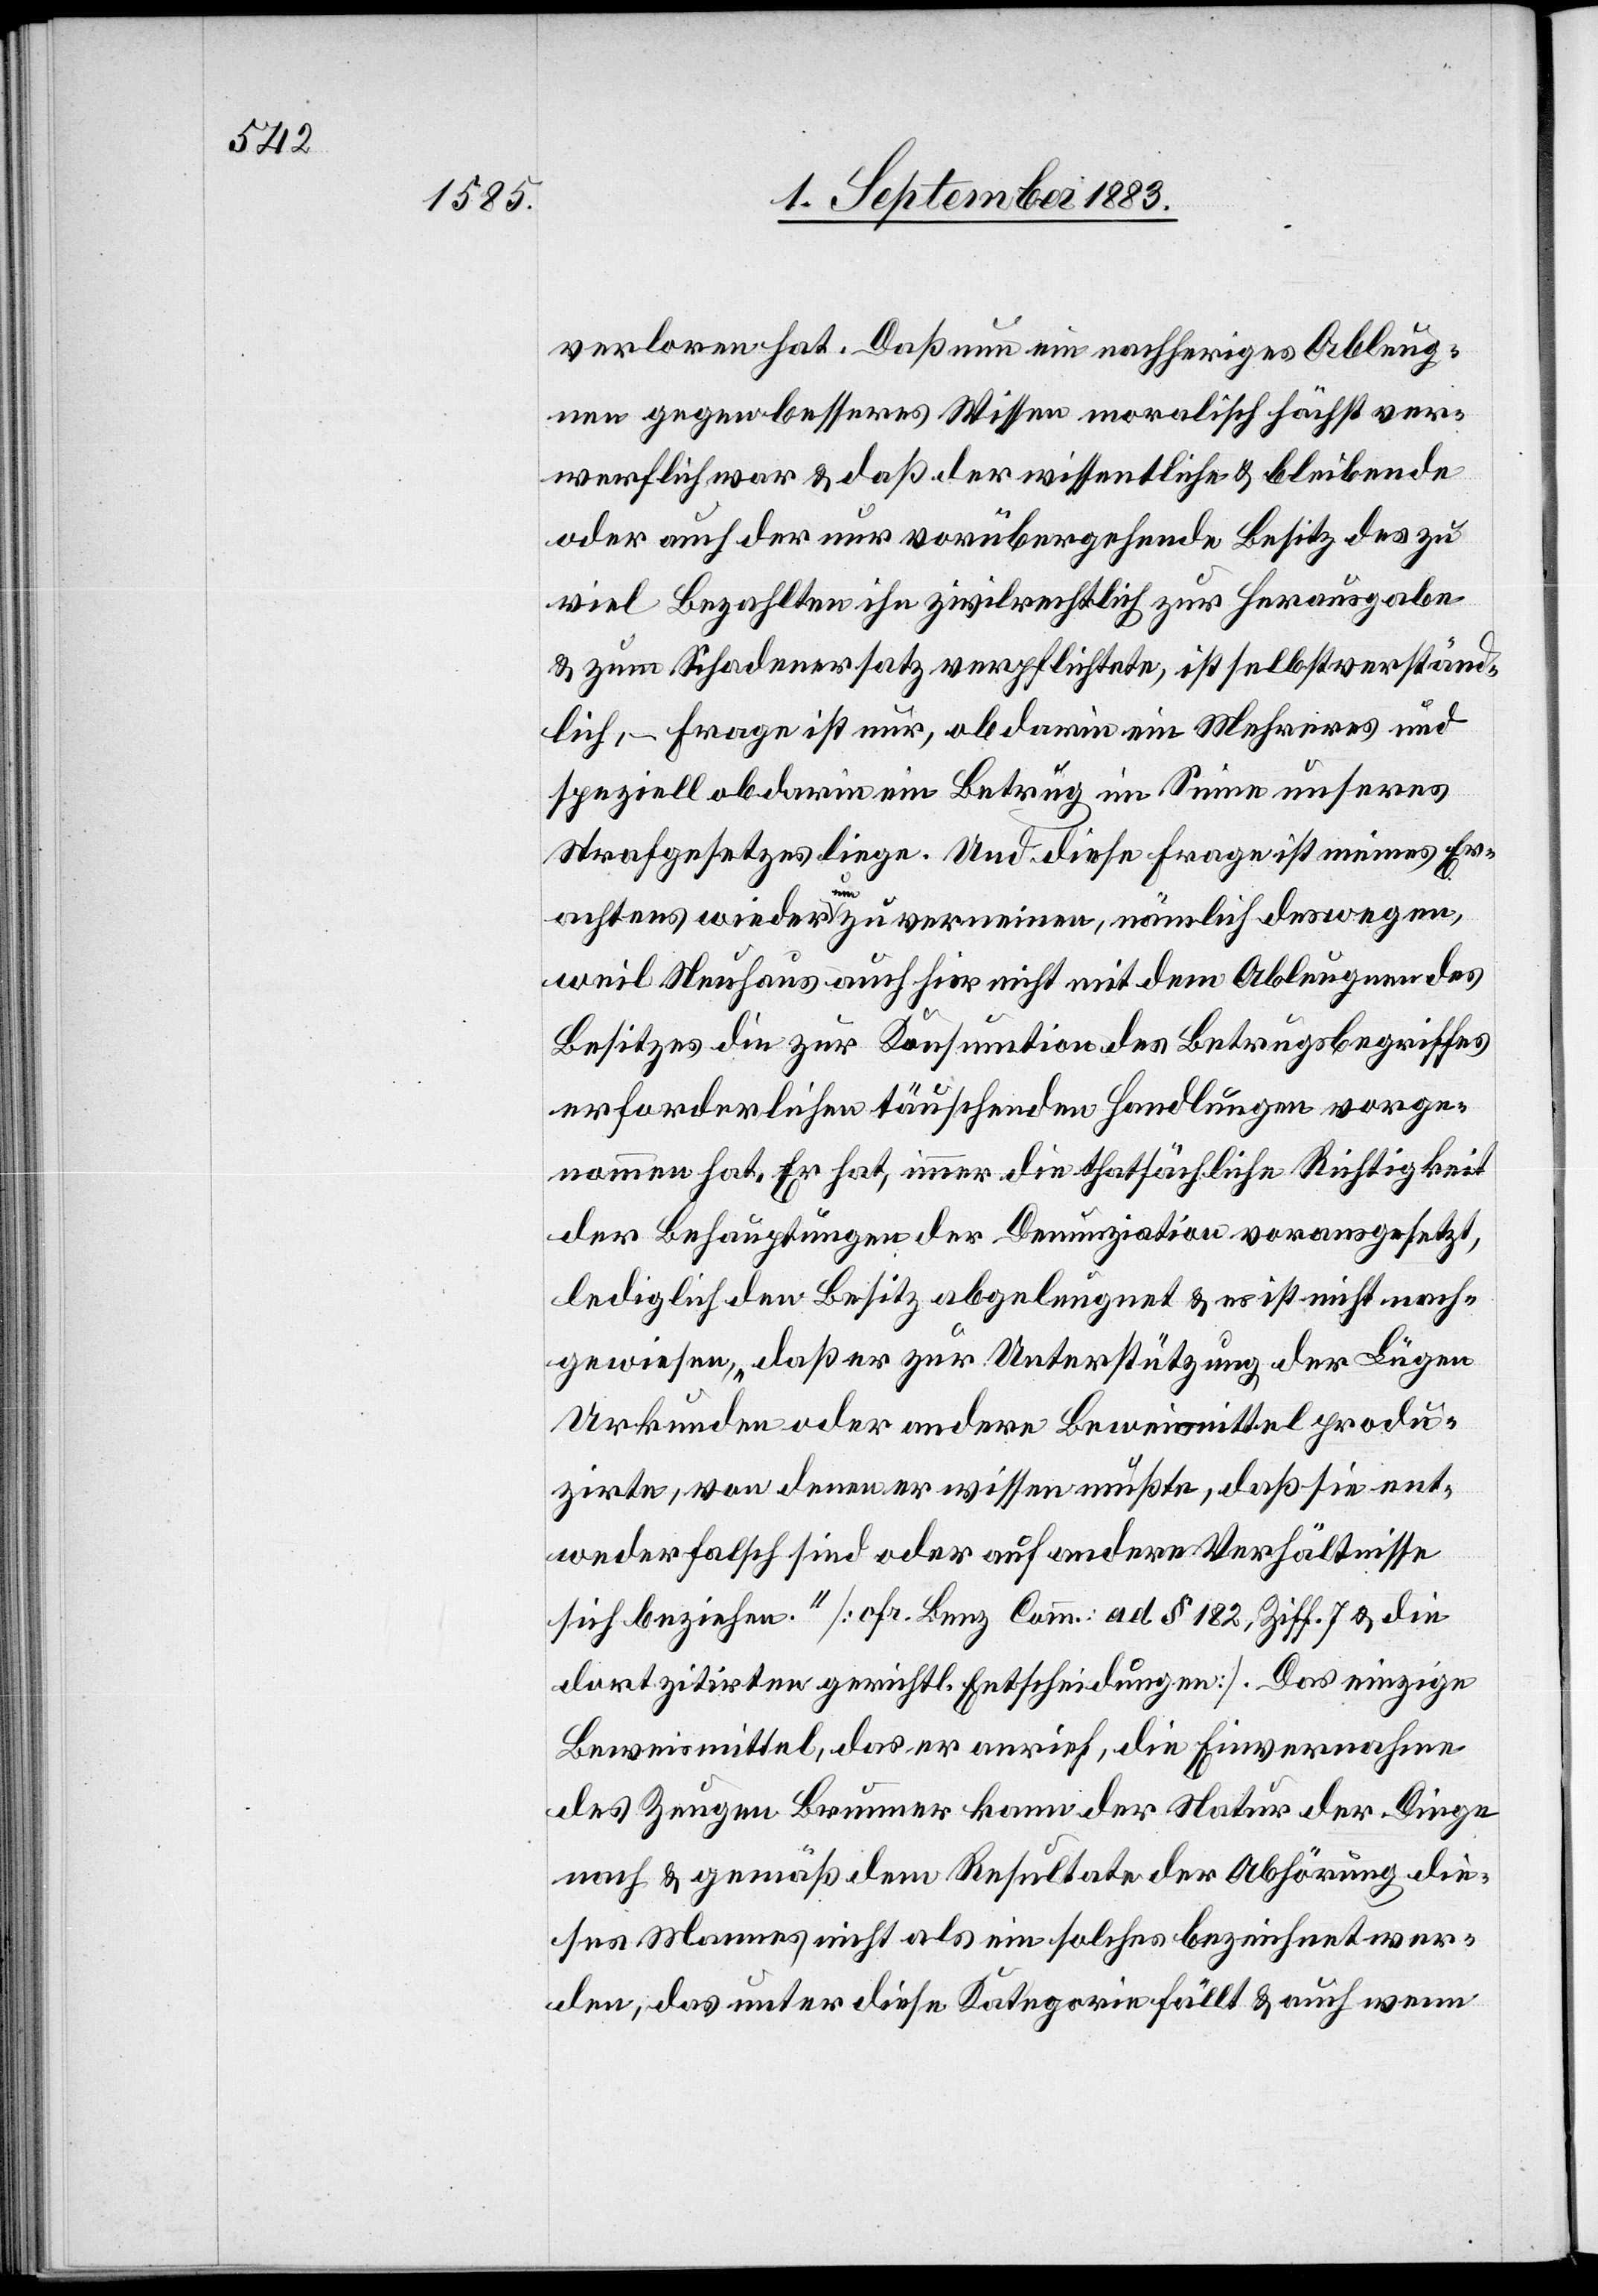
verloren hat. Daß nun ein nachheriges Ableug¬
nen gegen besseres Wissen moralisch höchst ver¬
werflich war & daß der wissentlich & bleibende
oder auch der nur vorübergehende Besitz des zu
viel Bezahlten ihn zivilrechtlich zur Herausgabe
& zum Schadenersatz verpflichtete, ist selbstverständ¬
lich, – Frage ist nur, ob darin ein Mehreres und
speziell ob darin ein Betrug im Sinne unseres
Strafgesetzes liege. Und diese Frage ist meines Er¬
achtens wiederum zu verneinen, nämlich deswegen,
weil Neuhaus auch hier nicht mit dem Ableugnen des
Besitzes die zur Konsumation des Betrugsbegriffes
erforderlichen täuschenden Handlungen vorge¬
nommen hat. Er hat, immer die thatsächliche Richtigkeit
der Behauptungen der Denunziation vorausgesetzt,
lediglich den Besitz abgeleugnet & es ist nicht nach¬
gewiesen, daß er zur Unterstützung der Lügen
Urkunden oder andere Beweismittel produ¬
zirte, von denen er wissen mußte, daß sie ent¬
weder falsch sind oder auf andere Verhältnisse
sich beziehen. [cfr. Benz Comm.: ad § 182, Ziff. 7 & die
dort zitirten gerichtl. Entscheidungen]. Das einzige
Beweismittel, das er anrief, die Einvernahme
des Zeugen Brunner kann der Natur der Dinge
nach & gemäß dem Resultate der Abhörung die¬
ses Mannes nicht als ein solches bezeichnet wer¬
den, das unter diese Kategorie fällt & auch wenn